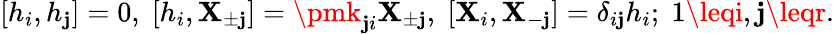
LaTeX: {}[h_{i},h_{\mathbf{j}}]=0,\; [h_{i},\mathbf{X}_{\pm\mathbf{j}}]=\pmk_{\mathbf{j}i}\mathbf{X}_{\pm\mathbf{j}},\; [\mathbf{X}_{i},\mathbf{X}_{-\mathbf{j}}]=\delta_{i\mathbf{j}}h_{i};\; 1\leqi,\mathbf{j}\leqr.